Indian journal of veterinary science and animal husbandry - Volume 9,
Year: 1939
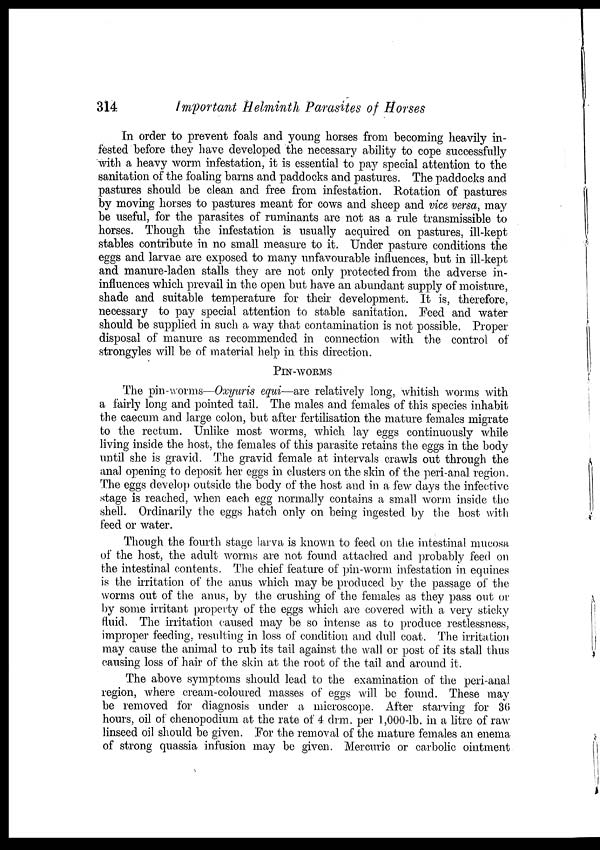
314
Important Helminth Parasites of Horses
In order to prevent foals and young horses from becoming heavily in-
fested before they have developed the necessary ability to cope successfully
with a heavy worm infestation, it is essential to pay special attention to the
sanitation of the foaling barns and paddocks and pastures. The paddocks and
pastures should be clean and free from infestation. Rotation of pastures
by moving horses to pastures meant for cows and sheep and vice versa, may
be useful, for the parasites of ruminants are not as a rule transmissible to
horses. Though the infestation is usually acquired on pastures, ill-kept
stables contribute in no small measure to it. Under pasture conditions the
eggs and larvae are exposed to many unfavourable influences, but in ill-kept
and manure-laden stalls they are not only protected from the adverse in¬
influences which prevail in the open but have an abundant supply of moisture,
shade and suitable temperature for their development. It is, therefore,
necessary to pay special attention to stable sanitation. Feed and water
should be supplied in such a way that contamination is not possible. Proper
disposal of manure as recommended in connection with the control of
strongyles will be of material help in this direction.
PIN-WORMS
The pin-worms—Oxyuris equi—are relatively long, whitish worms with
a fairly long and pointed tail. The males and females of this species inhabit
the caecum and large colon, but after fertilisation the mature females migrate
to the rectum. Unlike most worms, which lay eggs continuously while
living inside the host, the females of this parasite retains the eggs in the body
until she is gravid. The gravid female at intervals crawls out through the
anal opening to deposit her eggs in clusters on the skin of the peri-anal region.
The eggs develop outside the body of the host and in a few days the infective
stage is reached, when each egg normally contains a small worm inside the
shell. Ordinarily the eggs hatch only on being ingested by the host with
feed or water.
Though the fourth stage larva is known to feed on the intestinal mucosa
of the host, the adult worms are not found attached and probably feed on
the intestinal contents. The chief feature of pin-worm infestation in equines
is the irritation of the anus which may be produced by the passage of the
worms out of the anus, by the crushing of the females as they pass out or
by some irritant property of the eggs which are covered with a very sticky
fluid. The irritation caused may be so intense as to produce restlessness,
improper feeding, resulting in loss of condition and dull coat. The irritation
may cause the animal to rub its tail against the wall or post of its stall thus
causing loss of hair of the skin at the root of the tail and around it.
The above symptoms should lead to the examination of the peri-anal
region, where cream-coloured masses of eggs will be found. These may
be removed for diagnosis under a microscope. After starving for 36
hours, oil of chenopodium at the rate of 4 drm. per 1,000-lb. in a litre of raw
linseed oil should be given. For the removal of the mature females an enema
of strong quassia infusion may be given. Mercuric or carbolic ointment